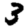
Digit: 3